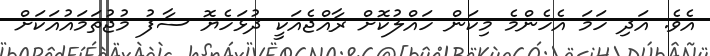
އެވެ. އަދި ހަމަ އެހެންމެ މިކަން ހައްލުކޮށް ރާއްޖެއަކީ ދުޅަހެޔޮ ސާފު މުޖުތަމައުއަކަށް